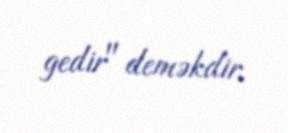
gedir" deməkdir.